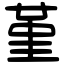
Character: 堇